Indian journal of veterinary science and animal husbandry - Volumes 28-29, 1958-1959
Year: 1958
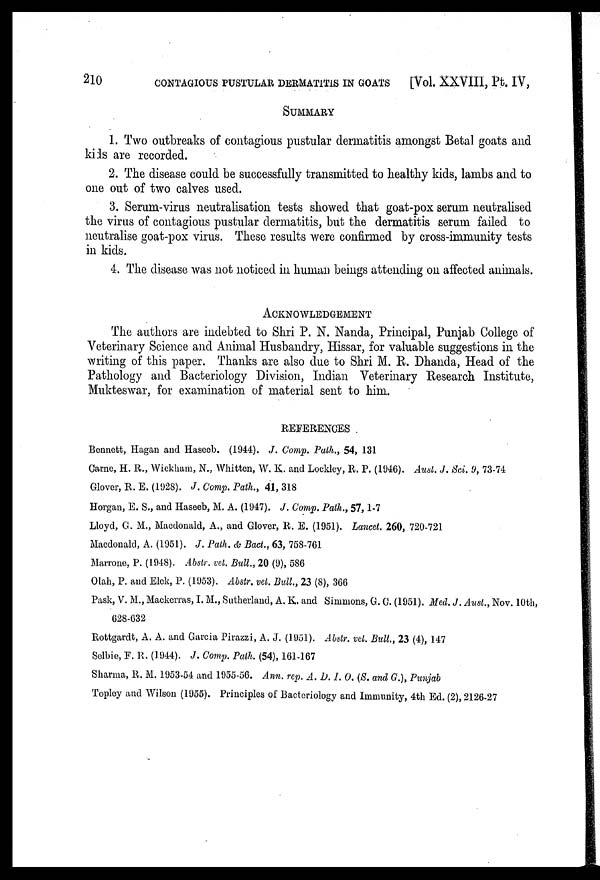
210 CONTAGIOUS PUSTULAR DERMATITIS IN GOATS [Vol. XXVIII,Pt. IV,
SUMMARY
1. Two outbreaks of contagious pustular dermatitis amongst Betal goats and
kids are recorded.
2. The disease could be successfully transmitted to healthy kids, lambs and to
one out of two calves used.
3. Serum-virus neutralisation tests showed that goat-pox serum neutralised
the virus of contagious pustular dermatitis, but the dermatitis serum failed to
neutralise goat-pox virus. These results were confirmed by cross-immunity tests
in kids.
4. The disease was not noticed in human beings attending on affected animals.
ACKNOWLEDGEMENT
The authors are indebted to Shri P. N. Nanda, Principal, Punjab College of
Veterinary Science and Animal Husbandry, Hissar, for valuable suggestions in the
writing of this paper. Thanks are also due to Shri M. R. Dhanda, Head of the
Pathology and Bacteriology Division, Indian Veterinary Research Institute,
Mukteswar, for examination of material sent to him.
REFERENCES.
Bennett, Hagan and Haseeb. (1944). J. Comp. Path., 54, 131
Carne, H. R., Wickham, N., Whitten, W. K. and Lockley, R. P. (1946). Aust. J. Sci. 9, 73-74
Glover, R. E. (1928). J. Comp. Path., 41, 318
Horgan, E. S., and Haseeb, M. A. (1947). J. Comp. Path., 57, 1-7
Lloyd, G. M., Macdonald, A., and Glover, R. E. (1951). Lancet. 260, 720-721
Macdonald, A. (1951). J. Path. & Bact., 63, 758-761
Marrone, P. (1948). Abstr. vet. Bull., 20 (9), 586
Olah, P. and Elek, P. (1953). Abstr. vet. Bull, 23 (8), 366
Pask, V. M., Mackerras, I. M., Sutherland, A. K. and Simmons, G. C. (1951). Med. J. Aust., Nov. 10th,
628-632
Rottgardt, A. A. and Garcia Pirazzi, A. J. (1951). Abstr. vet. Bull., 23 (4), 147
Selbie, F. R. (1944). J. Comp. Path. (54), 161-167
Sharma, R. M. 1953-54 and 1955-56. Ann. rep. A. D. I. O. (S. and G.), Punjab
Topley and Wilson (1955). Principles of Bacteriology and Immunity, 4th Ed. (2), 2126-27